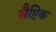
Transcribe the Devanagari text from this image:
सैप्टिक